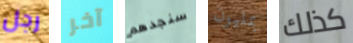
رجل آخر سنجدهم بمليون كذلك